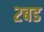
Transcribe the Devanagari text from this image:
२बड